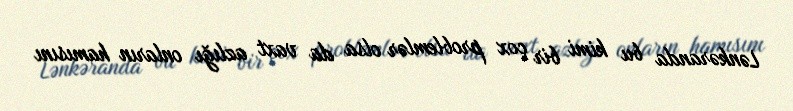
Lənkəranda bu kimi bir çox problemlər olsa da vaxt azlığı onların hamısını